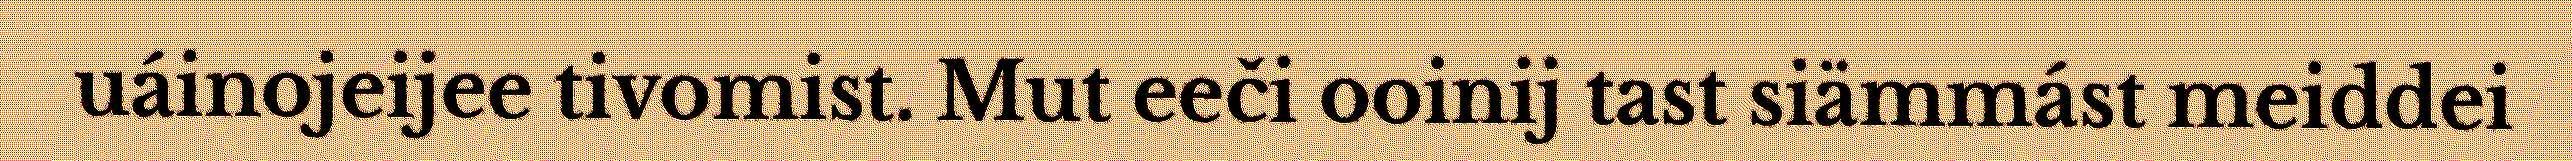
uáinojeijee tivomist. Mut eeči ooinij tast siämmást meiddei